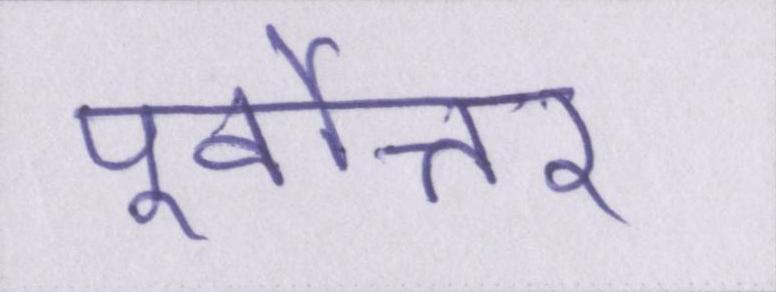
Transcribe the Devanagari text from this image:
पूर्वोत्तर